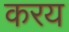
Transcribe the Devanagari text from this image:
करय